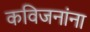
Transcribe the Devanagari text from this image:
कविजनांना